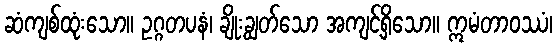
ဆံကျစ်ထုံးသော။ ဥဂ္ဂတပနံ၊ ချိုးချွတ်သော အကျင့်ရှိသော။ ဣမံတာဝဿံ၊